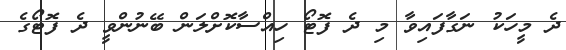
ދެ މީހަކު ނަގާފައިވާ މި ދެ ފޮޓޯ ހިއްސާކޮށްލަން ބޭނުންވީ ދެ ފޮޓޯގެ